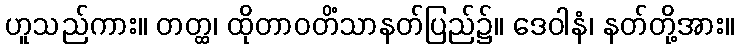
ဟူသည်ကား။ တတ္ထ၊ ထိုတာဝတိံသာနတ်ပြည်၌။ ဒေဝါနံ၊ နတ်တို့အား။